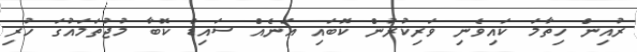
ރުއިން ހިތާމަ ކައިވެނި ވަރިކުރުން ކޮބައި އަނެއް ސައިޑް ކޮބާ މުޖުތަމައުގަ ހުރި